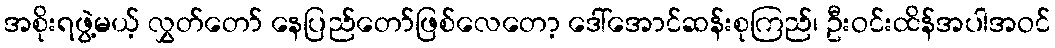
အစိုးရဖွဲ့မယ့် လွှတ်တော် နေပြည်တော်ဖြစ်လေတော့ ဒေါ်အောင်ဆန်းစုကြည်၊ ဦးဝင်းထိန်အပါအဝင်